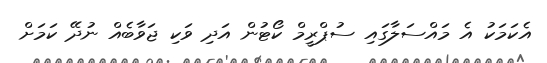
އެކަމަކު އެ މައްސަލާގައި ސުޕްރީމް ކޯޓުން އަދި ވަކި ޖަވާބެއް ނުދޭ ކަމަށް